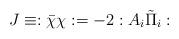
LaTeX: \begin{align*}J\equiv:\bar\chi\chi:=-2:A_i\tilde\Pi_i:\end{align*}